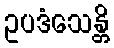
ဥပဒံသေန္တိ